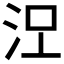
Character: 𣳄